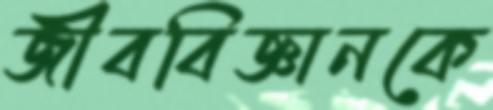
জীববিজ্ঞানকে